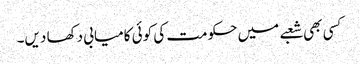
کسی بھی شعبے میں حکومت کی کوئی کامیابی دکھا دیں۔